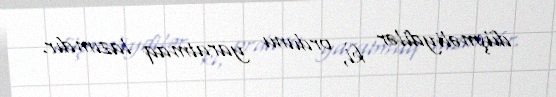
düşməliydilər ki, ordunu yaratmaq lazımdır.